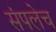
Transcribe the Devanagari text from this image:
संपलेच